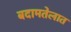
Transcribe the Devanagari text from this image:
बदामतेलात